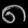
Digit: ၈